system: You are a helpful assistant.
user:
Analyze the provided spectrum to determine if it is a **Carbon Star (C-type)**.

- **Key Visual Indicators of Carbon Star:**
    - **(Primary):** Strong molecular absorption from **C₂ (diatomic carbon) "Swan Bands."** This is the **defining feature** of a carbon star.
        - **(Key Bandheads):** Sharp absorption edges are visible at approximately $5635$ Å, $5165$ Å (the strongest band), and $4737$ Å.
        - **(Line Profile):** Creates a distinct **"saw-tooth"** pattern. The key morphology is a sharp, steep bandhead on the **red (long-wavelength) side**, which then gradually tapers off (i.e., flux recovers) towards the **blue (short-wavelength) side**. *(This is the direct opposite of the TiO bands seen in M-type stars)*.

    - **(Secondary):** Intense **CN (cyanogen)** molecular absorption bands.
        - **(Key Bandheads):** Located in the blue and violet regions of the spectrum (e.g., near $4215$ Å and $3883$ Å).
        - **(Morphology):** These bands are extremely broad and act as a "blanket," absorbing the vast majority of blue and violet light. This creates a characteristic **"cliff"** or **"steep drop-off"** in the spectrum's flux at short wavelengths.

    - **(Key Confirmation):** Strong **CH absorption band (G-band)**.
        - **(Key Bandhead):** Located around $4300$ Å. The contribution from CH molecules to this band is exceptionally strong.

    - **(Overall Spectrum):**
        - The continuum is severely "chopped up" by these deep molecular bands, especially C₂, rather than appearing as a smooth curve.
        - Due to the heavy CN and C₂ absorption in the blue-green, the vast majority of the star's flux is concentrated in the red part of the spectrum, giving the star its characteristic deep red color.

Think first, call **spectral_visualization_tool** if needed to examine features in detail, then provide your final answer. Your response must adhere to the following strict rules:
1.  **Overall Structure:** Your response must follow the format `<think>...</think> <tool_call>...</tool_call> (if a tool is used) <answer>...</answer>`.
2.  **Tool Usage Constraint:** You may only make **one** tool call per turn.
3.  **Final Answer Format:** In the `<answer>` tag, your conclusion must be inside a `\boxed{}` command (e.g., `\boxed{YES}`), followed by your justification.

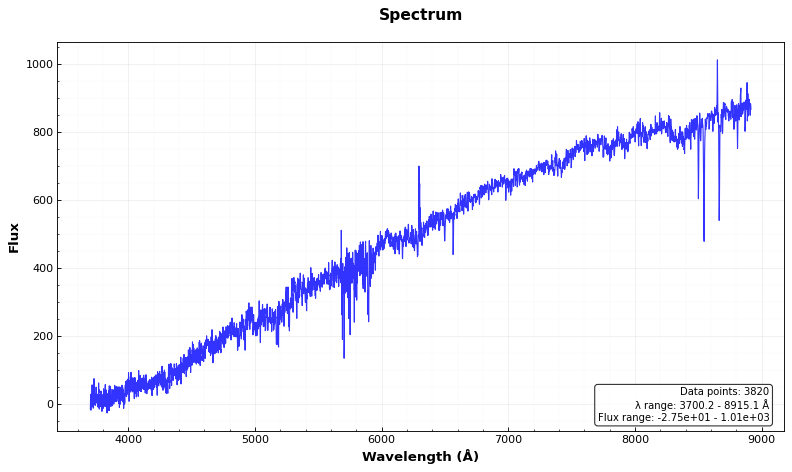
Answer: NO